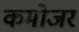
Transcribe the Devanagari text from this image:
कमोजर